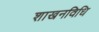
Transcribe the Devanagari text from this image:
शाखनविधि